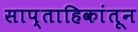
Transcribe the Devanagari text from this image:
साप्ताहिकांतून